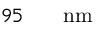
9 5 \ensuremath { \mathrm { ~ \textrm ~ { ~ \, ~ } ~ } } \ensuremath { \mathrm { n m } }